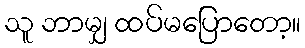
သူ ဘာမျှ ထပ်မပြောတော့။